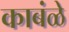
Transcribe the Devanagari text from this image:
काबंळे